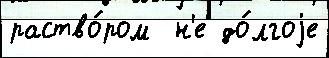
раство́ром  н'е до́лгоjе